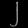
Digit: ၂